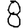
Digit: 8